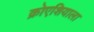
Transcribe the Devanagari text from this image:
क्रोएशियाला